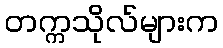
တက္ကသိုလ်များက